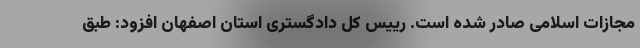
مجازات اسلامی صادر شده است. رییس کل دادگستری استان اصفهان افزود: طبق